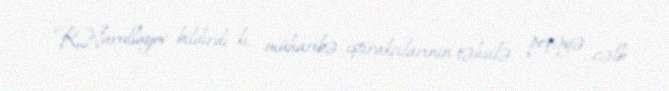
R.Nurullayev bildirdi ki, müharibə iştirakçılarının təhsilə, peşəyə cəlb